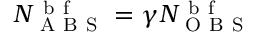
N _ { \mathrm { ~ A ~ B ~ S ~ } } ^ { \mathrm { ~ b ~ f ~ } } = \gamma N _ { \mathrm { ~ O ~ B ~ S ~ } } ^ { \mathrm { ~ b ~ f ~ } }